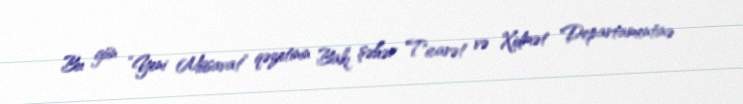
Bu gün “Yeni Müsavat” qəzetinin Bakı şəhər Ticarət və Xidmət Departamentinə